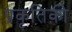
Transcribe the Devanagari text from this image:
प्रकृतिकी